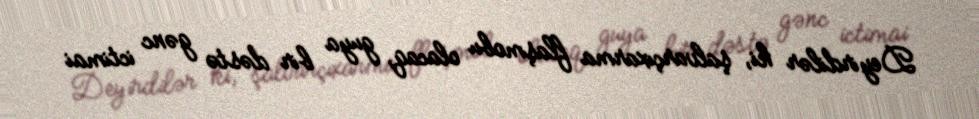
Deyirdilər ki, şalvarçıxarma flaşmobu olacaq, guya bir dəstə gənc ictimai